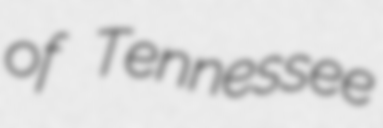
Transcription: of Tennessee